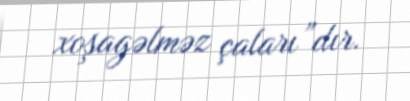
xoşagəlməz çaları”dır.